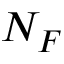
N _ { F }